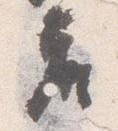
座